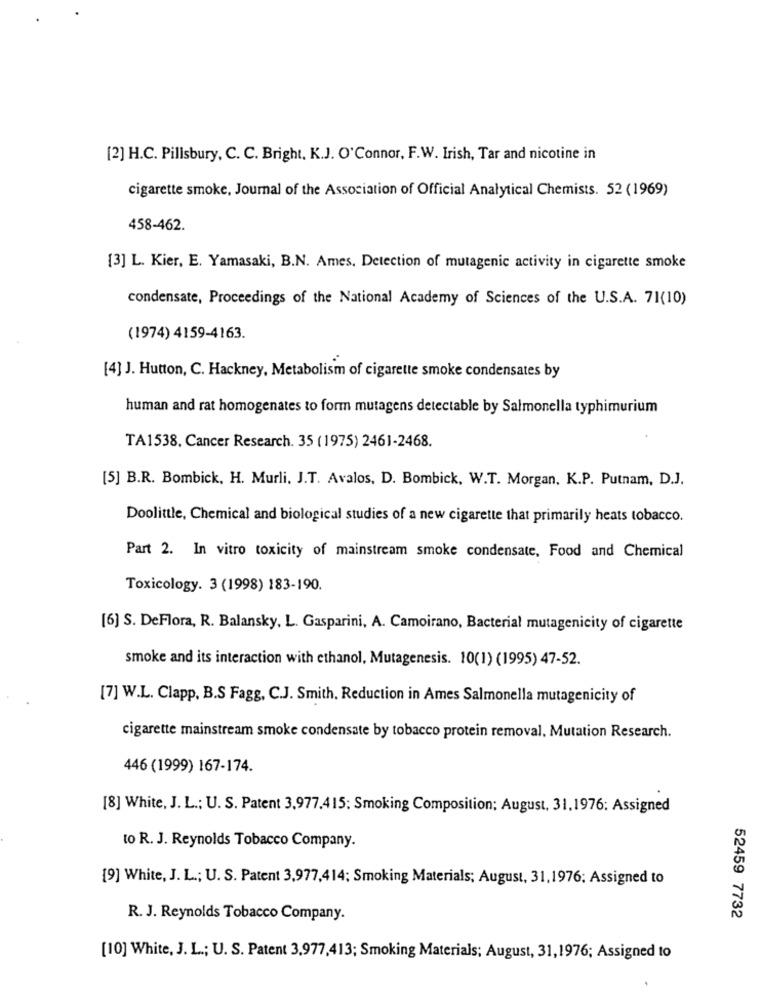
[2] H.C. Pillsbury, C. C. Bright, K.J. O'Connor, F.W. Irish, Tar and nicotine in
cigarette smoke, Journal of the Association of Official Analytical Chemists. 52 (1969)
458-462.
[3] L. Kier, E. Yamasaki, B.N. Ames, Detection of mutagenic activity in cigarette smoke
condensate, Proceedings of the National Academy of Sciences of the U.S.A. 71(10)
(1974) 4159-4163.
[4] J. Hutton, C. Hackney, Metabolism of cigarette smoke condensates by
human and rat homogenates to form mutagens detectable by Salmonella typhimurium
TA1538, Cancer Research. 35 (1975) 2461-2468.
[5] B.R. Bombick, H. Murli. J.T. Avalos, D. Bombick, W.T. Morgan, K.P. Putnam, D.J.
Doolittle, Chemical and biological studies of a new cigarette that primarily heats tobacco.
Part 2. In vitro toxicity of mainstream smoke condensate, Food and Chemical
Toxicology. 3 (1998) 183-190.
[6] S. DeFlora, R. Balansky, L. Gasparini, A. Camoirano, Bacterial mutagenicity of cigarette
smoke and its interaction with ethanol, Mutagenesis. 10(1) (1995) 47-52.
[7] W.L. Clapp, B.S Fagg, C.J. Smith, Reduction in Ames Salmonella mutagenicity of
cigarette mainstream smoke condensate by tobacco protein removal, Mutation Research.
446 (1999) 167-174.
[8] White, J. L .: U. S. Patent 3,977.415: Smoking Composition; August, 31,1976: Assigned
to R. J. Reynolds Tobacco Company.
[9] White, J. L .; U. S. Patent 3,977,414; Smoking Materials; August, 31,1976; Assigned to
R. J. Reynolds Tobacco Company.
52459 7732
[10] White, J. L .; U. S. Patent 3,977,413; Smoking Materials; August, 31,1976; Assigned to